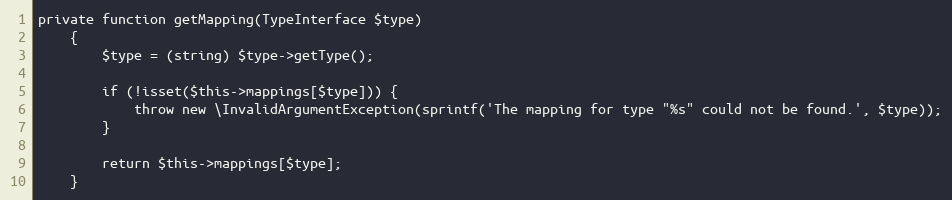
Language: PHP
private function getMapping(TypeInterface $type)
    {
        $type = (string) $type->getType();

        if (!isset($this->mappings[$type])) {
            throw new \InvalidArgumentException(sprintf('The mapping for type "%s" could not be found.', $type));
        }

        return $this->mappings[$type];
    }